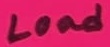
Text: Load